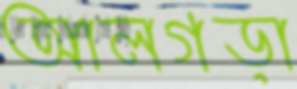
আলগড়া